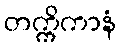
တက္ကိကာနံ